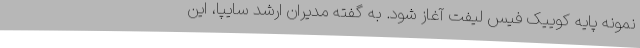
نمونه پایه کوییک فیس لیفت آغاز شود. به گفته مدیران ارشد سایپا، این